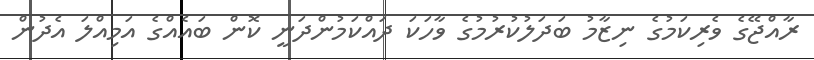
ރާއްޖޭގެ ވެރިކަމުގެ ނިޒާމު ބަދަލުކުރުމުގެ ވާހަކަ ދައްކަމުންދަނީ ކޮން ބައެއްގެ އަމިއްލަ އެދުން